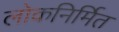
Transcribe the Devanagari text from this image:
लोकनिर्मित